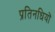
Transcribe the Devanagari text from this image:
प्रतिनधियों